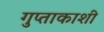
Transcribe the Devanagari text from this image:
गुप्‍ताकाशी